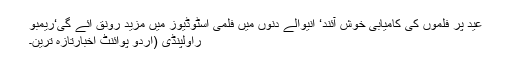
عید پر فلموں کی کامیابی خوش آئند‘ آنیوالے دنوں میں فلمی اسٹوڈیوز میں مزید رونق آئے گی‘ریمبو
راولپنڈی (اُردو پوائنٹ اخبارتازہ ترین۔